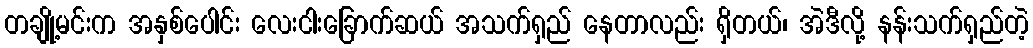
တချို့မင်းက အနှစ်ပေါင်း လေးငါးခြောက်ဆယ် အသက်ရှည် နေတာလည်း ရှိတယ်၊ အဲဒီလို့ နန်းသက်ရှည်တဲ့